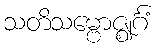
သတိသမ္ဗောဇ္ဈင်္ဂံ